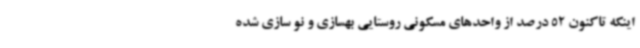
اینکه تاکنون 52 درصد از واحدهای مسکونی روستایی بهسازی و نو سازی شده